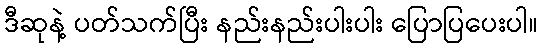
ဒီဆုနဲ့ ပတ်သက်ပြီး နည်းနည်းပါးပါး ပြောပြပေးပါ။